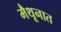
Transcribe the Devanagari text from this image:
मैथूनात